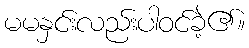
မမနှင်းလည်းပါဝင်ခဲ့၏။